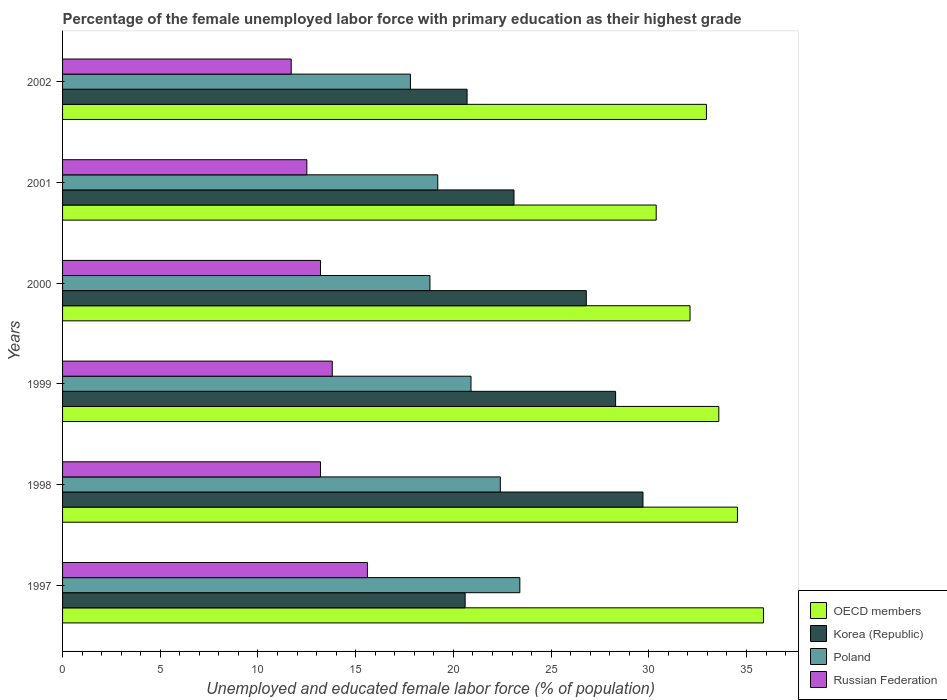
| Years | OECD members | Korea (Republic) | Poland | Russian Federation |
 | --- | --- | --- | --- | --- |
 | 1997 | 35.9 | 20.6 | 23.4 | 15.6 |
 | 1998 | 34.5 | 29.7 | 22.4 | 13.2 |
 | 1999 | 33.6 | 28.3 | 20.9 | 13.8 |
 | 2000 | 32.1 | 26.8 | 18.8 | 13.2 |
 | 2001 | 30.4 | 23.1 | 19.2 | 12.5 |
 | 2002 | 32.9 | 20.7 | 17.8 | 11.7 |